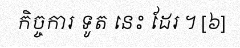
កិច្ចការ ទូត នេះ ដែរ ។ [៦]